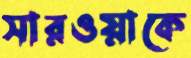
সারওয়াকে